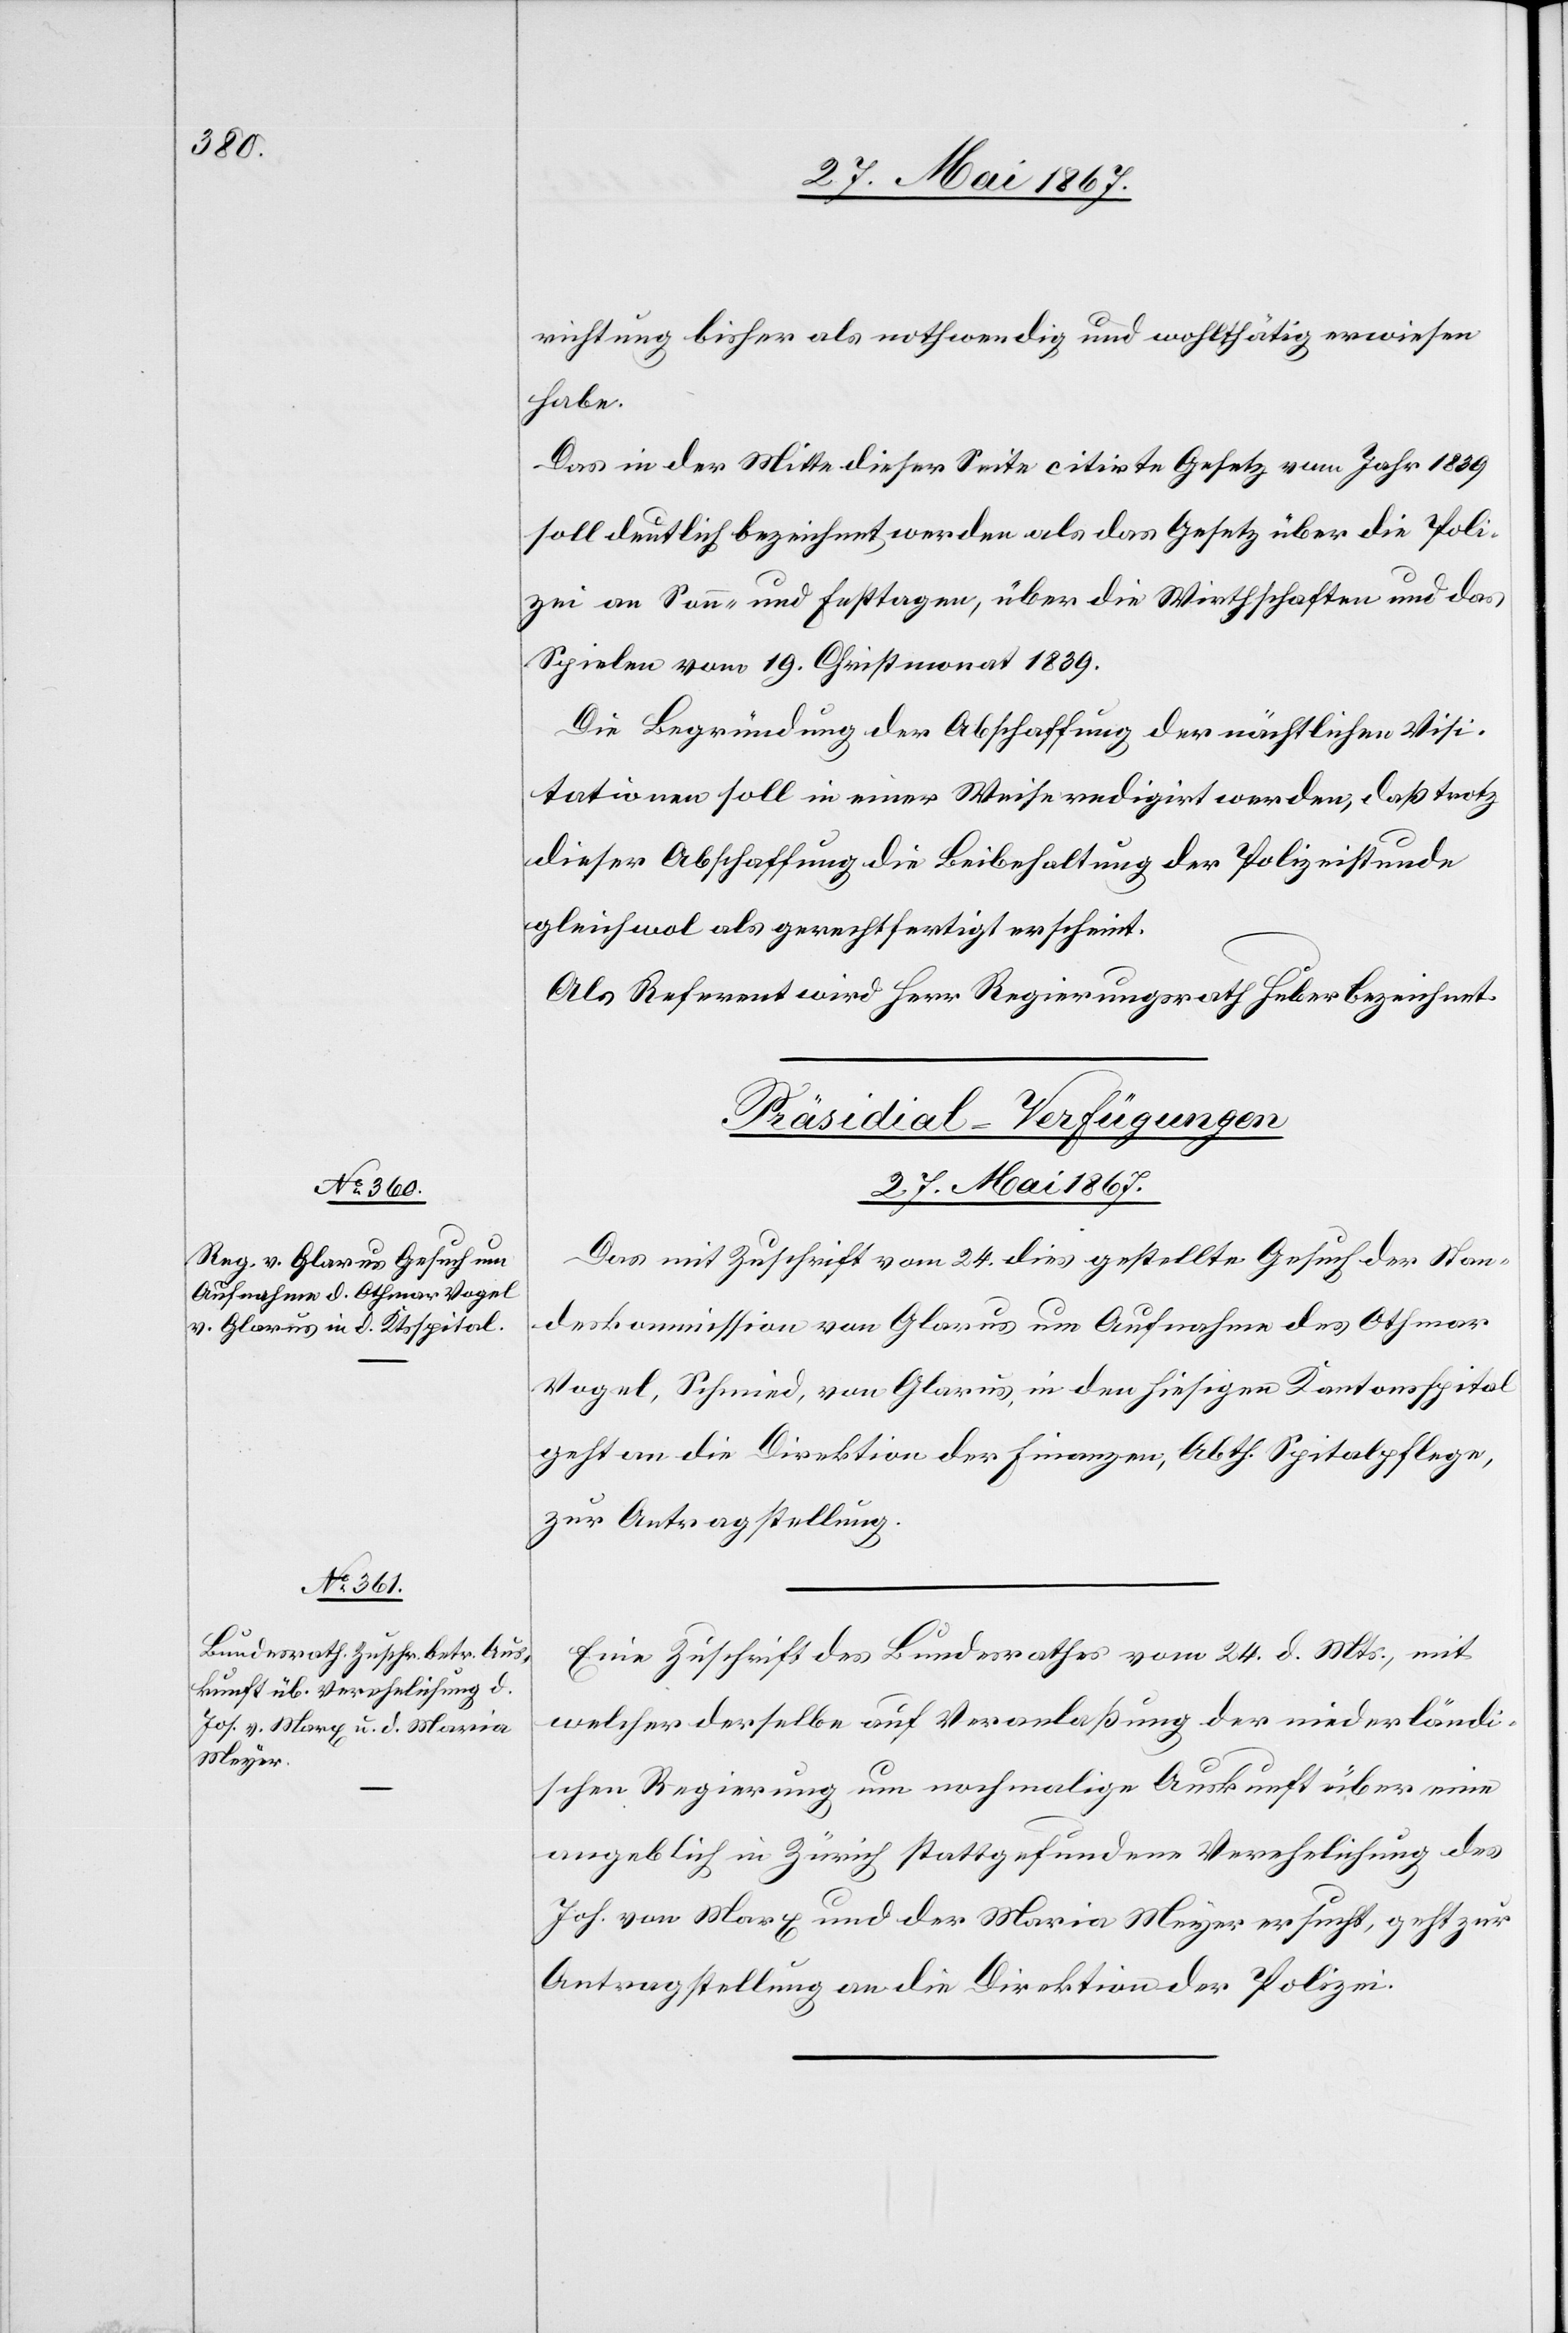
richtung bisher als nothwendig und wohlthätig erwiesen
habe.
Das in der Mitte dieser Seite citirte Gesetz vom Jahr 1839
soll deutlich bezeichnet werden als das Gesetz über die Poli¬
zei an Sonn- und Festtagen, über die Wirthschaften und das
Spielen vom 19. Christmonat 1839.
Die Begründung der Abschaffung der nächtlichen Visi¬
tationen soll in einer Weise redigirt werden, daß trotz
dieser Abschaffung die Beibehaltung der Polizeistunde
gleichwol als gerechtfertigt erscheint.
Als Referent wird Herr Regierungsrath Huber bezeichnet.
[Präsidial-Verfügungen.
27. Mai 1867.]
Das mit Zuschrift vom 24. dies gestellte Gesuch der Stan¬
deskommission von Glarus um Aufnahme des Othmar
Vogel, Schmied, von Glarus, in den hiesigen Kantonsspital
geht an die Direktion der Finanzen, Abth. Spitalpflege,
zur Antragstellung.
Eine Zuschrift des Bundesrathes vom 24. d. Mts., mit
welcher derselbe auf Veranlaßung der niederländi¬
schen Regierung um nochmalige Auskunft über eine
angeblich in Zürich stattgefundene Verehlichung des
Joh. von Marx und der Maria Meyer ersucht, geht zur
Antragstellung an die Direktion der Polizei.